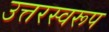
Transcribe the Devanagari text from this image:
उत्तरस्वरूप